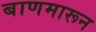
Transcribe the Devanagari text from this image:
बाणमारून